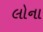
લોના